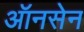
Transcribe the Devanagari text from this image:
ऑनसेन